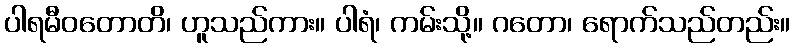
ပါရမီဝတောတိ၊ ဟူသည်ကား။ ပါရံ၊ ကမ်းသို့။ ဂတော၊ ရောက်သည်တည်း။